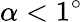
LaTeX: \alpha<1^{\circ}